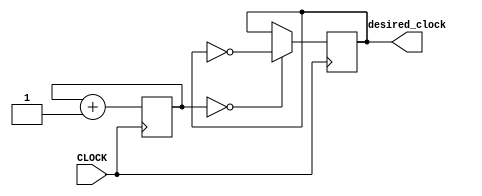
`timescale 1ns / 1ps
//////////////////////////////////////////////////////////////////////////////////
// Company: 
// Engineer: 
// 
// Design Name: 
// Module Name: faster_blinking_led
// Project Name: 
// Target Devices: 
// Tool Versions: 
// Description: 
// 
// Dependencies: 
// 
// Revision:
// Revision 0.01 - File Created
// Additional Comments:
// 
//////////////////////////////////////////////////////////////////////////////////


module faster_blinking_led(input CLOCK, output desired_clock);

    reg [24:0] COUNT = 0;
    reg desired = 0;
    
    always @ (posedge CLOCK) begin
        COUNT <= COUNT + 1;
        desired <= ( COUNT == 4'b0000 ) ? ~desired : desired;
    end
    
    assign desired_clock = desired;
    
endmodule